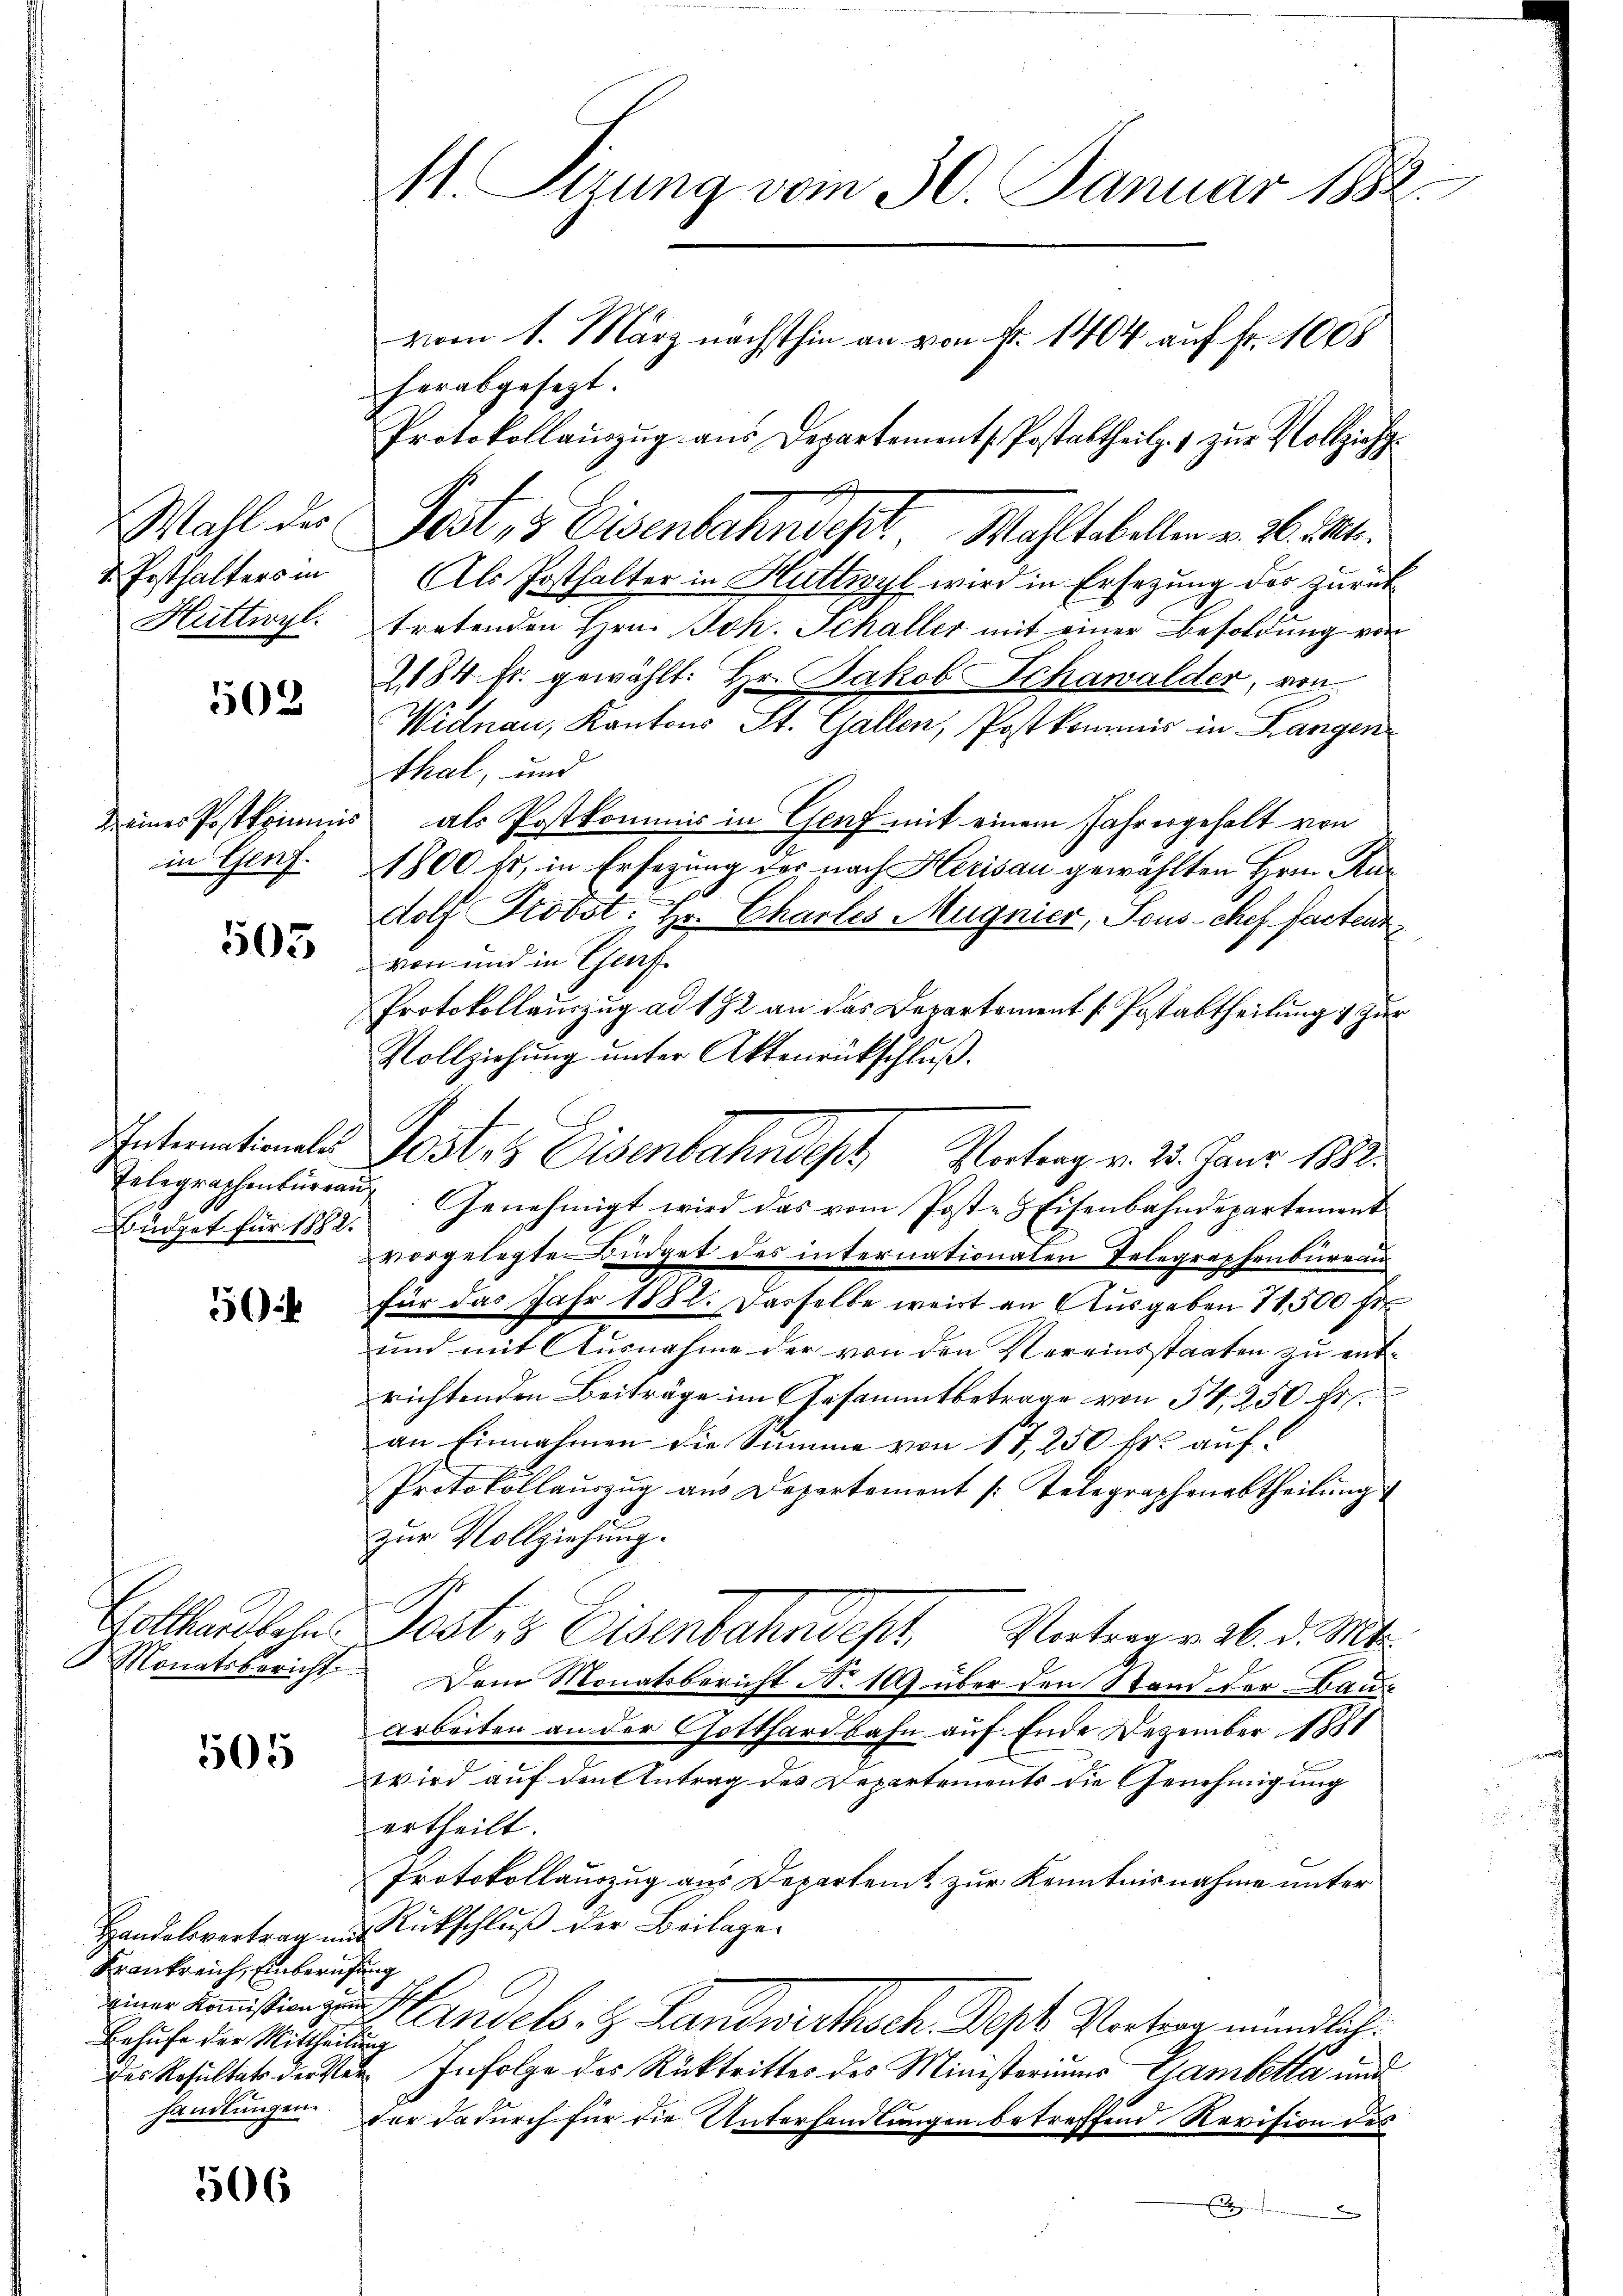
v. Posthalters in
Huttwyl

502

im Genf.

503

Büdget für 1882.

5

505

Krankreich, Einberufung
Behufe der Mittheilung

506

11. Pirung vom 30. Januar 1882
vom 1. März nächsthin an von Fr. 1404 auf fr. 1008
herabgesezt.
Protokollaŭszŭg aŭs Departement. Postabtheil. 1 zŭr Vollzieh¬

Wahl der Post, 3 Eisenbahndet, Mahltabellen v. 26. M.
Als Josthalter in Huttwyl wird in Ersetzung des zurück
tretenden Hrn. Joh. Schaller mit einer Besoldung von
184 fr. gewählt: Hr. Jakob Schawalder, von
Widnau, Kantons St. Gallen, Postkommis in Langen
thal, und
keines Postkommis, als Postkommis in Genf mit einem Jahresgehalt von
1800 fr., in Ersezung des nach Herisau gewählten Hrn. Ru¬
.
dolf Probst: Hr. Chartes Magnier, Sous-Chef Facteur
von und in Genf
Protokollauszug ad 172 an das Departement [Postabtheilung & zur
Vollziehŭng ŭnter Aktenrückschlŭβ.
Intimationale Poster Eisenbahndept, Vortrag v. 25. Janr. 1882.
Telegraphenbŭrgaŭ. Genehmigt wird das vom Post- & Eisenbahndepartement
vorgelegte Büdget des internationalen Telegraphenbureau
für das Jahr 1882. Dasselbe weit an Ausgaben 1500 fr
und mit Ausnahme der von den Vereinsstaaten zu entrichtenden Beiträge im Gesammtbetrage von 34, 250 fr
an Einnahmen die Summe von 17, 250 fr. auf
Protokollauszug aus Departement [Telegraphenabtheilung
zur Vollziehung.
Hollandlehen Post 3 Eisenbahndest, Vatera v. 3. d. Mts.
Monatsbericht. Dem Monatsbericht No 109 über den Stand der Bauz
arbeiten an der Gotthardbahn auf Ende Dezember 1881
wird auf den Antrag des Departements die Genehmigung
ertheilt.
Protokollauszug aus Departent zur Kenntnisnahme unter
Handelsvertrag aus Rückschlŭβ der Beilagen
einer Ammißion zu Handels. z. Landwirthsch. Sept Vortrag mündlich.
des Resultat der Vor Infolge des Rücktrittes des Ministeriums Gambetta und
handlungen. Der dadurch für die Unterhandlungen betreffend Revision des
t